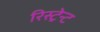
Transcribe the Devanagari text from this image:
रिस्ट्रेन्ट